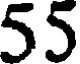
55